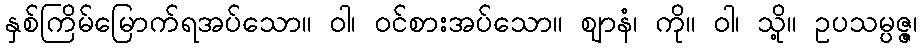
နှစ်ကြိမ်မြောက်ရအပ်သော။ ဝါ၊ ဝင်စားအပ်သော။ ဈာနံ၊ ကို။ ဝါ၊ သို့။ ဥပသမ္ပဇ္ဇ၊